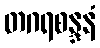
တဂရစန္ဒနံ